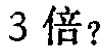
$3\text{ 倍}？$